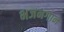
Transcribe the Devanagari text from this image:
भजनगान